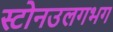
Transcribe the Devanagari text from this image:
स्टोनउलगभग